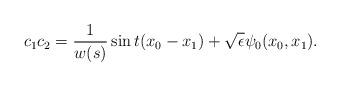
LaTeX: \begin{align*} c_1c_2 = \frac{1}{w(s)} \sin t(x_0 - x_1) + \sqrt{\epsilon} \psi_0 (x_0,x_1).\end{align*}